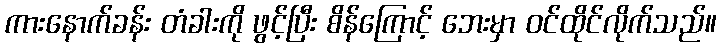
ကားနောက်ခန်း တံခါးကို ဖွင့်ပြီး စိန်ကြောင့် ဘေးမှာ ဝင်ထိုင်လိုက်သည်။